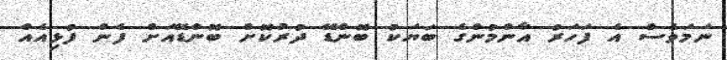
ނަމަވެސް އެ ފަހަރު އާންމުންގެ ބަޔަކު ބޮންޑޭ ދުރުކޮށް ބޮންޑޭއަށް ފެން ފުޅިއެއް